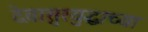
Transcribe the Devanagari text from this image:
देवासुरयुद्धाच्या